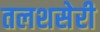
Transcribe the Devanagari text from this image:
तलशसेरी